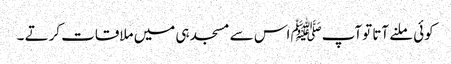
کوئی ملنے آتا توآپﷺ اس سے مسجد ہی میں ملاقات کرتے ۔